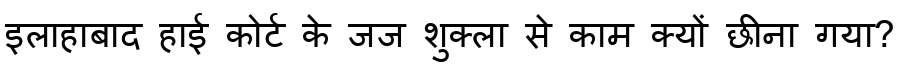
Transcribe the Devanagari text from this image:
इलाहाबाद हाई कोर्ट के जज शुक्ला से काम क्यों छीना गया?